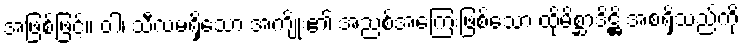
အဖြစ်ဖြင့်။ ဝါ၊ သီလမရှိသော အကျိုး၏ အညစ်အကြေးဖြစ်သော ထိုမိစ္ဆာဒိဋ္ဌိ အစရှိသည်ကို